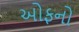
ઓફનો